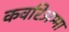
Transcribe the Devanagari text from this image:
कवरिअम्मा